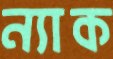
ন্যাক